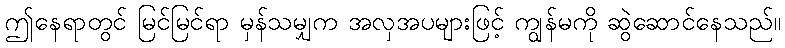
ဤနေရာတွင် မြင်မြင်ရာ မှန်သမျှက အလှအပများဖြင့် ကျွန်မကို ဆွဲဆောင်နေသည်။